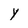
Character: y